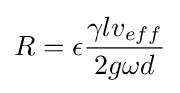
R=\epsilon {\frac {\gamma lv_{eff}}{2g\omega d}}